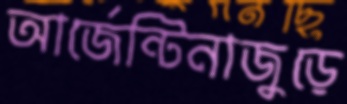
আর্জেন্টিনাজুড়ে